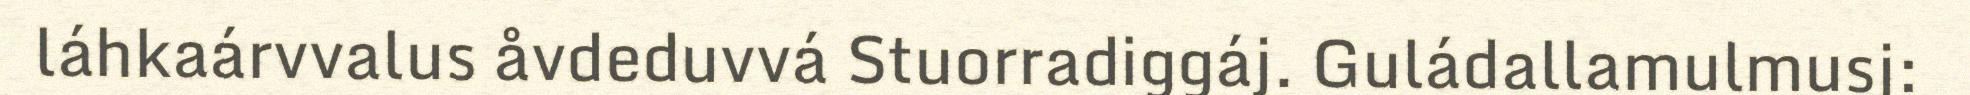
láhkaárvvalus åvdeduvvá Stuorradiggáj. Guládallamulmusj: